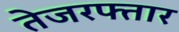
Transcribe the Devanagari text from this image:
तेजरफ्तार